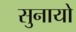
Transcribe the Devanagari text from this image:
सुनायो